画像に写った文字を読んでください
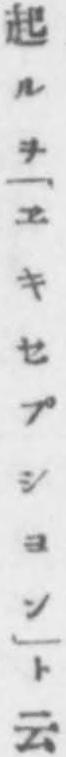
「起ルヲ｢ヱキセプシヨン｣ト云」と書いてあります